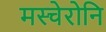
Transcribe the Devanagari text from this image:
मस्चेरोनि